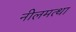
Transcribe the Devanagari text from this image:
नीलमत्था